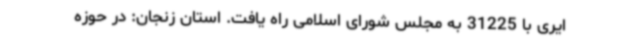
ایری با 31225 به مجلس شورای اسلامی راه یافت. استان زنجان: در حوزه